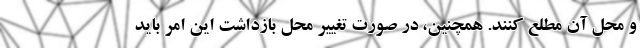
و محل آن مطلع کنند. همچنین، در صورت تغییر محل بازداشت این امر باید